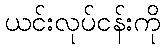
ယင်းလုပ်ငန်းကို